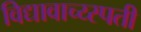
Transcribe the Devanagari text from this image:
विद्यावाच्य्स्पती